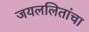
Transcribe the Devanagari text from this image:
जयललितांचा